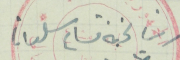
رئيس لجنة مشاع سلعاتا